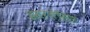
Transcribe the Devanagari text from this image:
इसरेलेंसिस